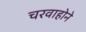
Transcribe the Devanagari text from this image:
चरवाहोने